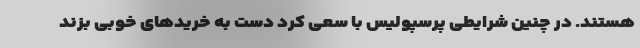
هستند. در چنین شرایطی پرسپولیس با سعی کرد دست به خریدهای خوبی بزند